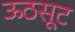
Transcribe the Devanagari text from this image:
ऊठसूट